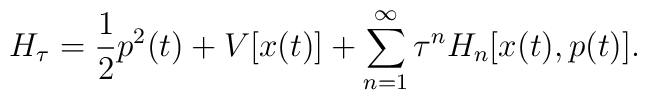
H_{\tau} =\frac{1}{2}p^2(t)+V[x(t)]+\sum_{n=1}^{\infty}\tau^n H_n[x(t),p(t)].